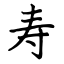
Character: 寿